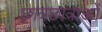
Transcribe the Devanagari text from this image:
छात्रछात्राओं